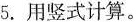
5.用竖式计算。